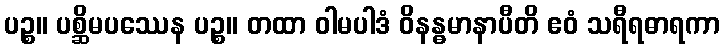
ပဉ္စ။ ပစ္ဆိမပဿေန ပဉ္စ။ တထာ ဝါမပါဒံ ဝိနန္ဓမာနာပီတိ ဧဝံ သရီရဓာရကာ